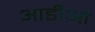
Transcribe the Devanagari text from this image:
आडीओ